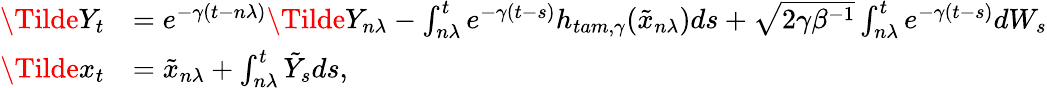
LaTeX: \begin{array}{rl}{\Tilde{Y}_{t}}&{=e^{-\gamma(t-n\lambda)}\Tilde{Y}_{n\lambda}-\int_{n\lambda}^{t}e^{-\gamma(t-s)}h_{tam,\gamma}(\tilde{x}_{n\lambda})ds+\sqrt{2\gamma\beta^{-1}}\int_{n\lambda}^{t}e^{-\gamma(t-s)}dW_{s}}\\ {\Tilde{x}_{t}}&{=\tilde{x}_{n\lambda}+\int_{n\lambda}^{t}\tilde{Y}_{s}ds,}\end{array}